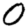
Digit: 0